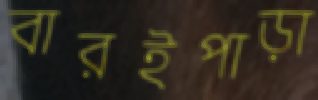
বারইপাড়া